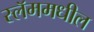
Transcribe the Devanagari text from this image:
स्लॅममधील